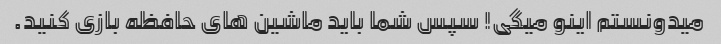
میدونستم اینو میگی! سپس شما باید ماشین های حافظه بازی کنید.